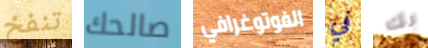
تنفخ صالحك الفوتوغرافي في بك